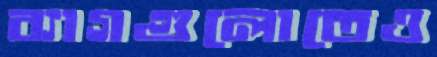
ব্যাগগুলোতেও